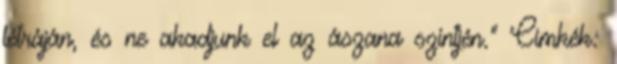
létráján, és ne akadjunk el az ászana szintjén." Címkék: